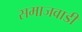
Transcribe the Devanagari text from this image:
समाजवाडी